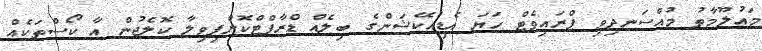
މައުލޫމާތު މުއްސަނދިވި ޕްރައިވެޓް ހަޔަ އެޑިއުކޭޝަންގެ ބިލެއް ޑްރާފްޓްކޮށްފިވިލާ ކޮލެޖުން އާ ކޯސްތަކެއް